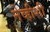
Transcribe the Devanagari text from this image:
नेव्हीशी